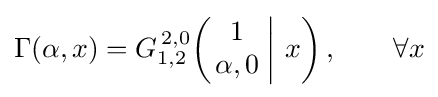
\Gamma (\alpha ,x)=G_{1,2}^{\,2,0}\!\left(\left.{\begin{matrix}1\\\alpha ,0\end{matrix}}\;\right|\,x\right),\qquad \forall x